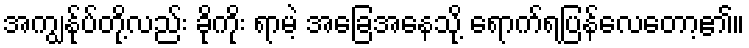
အကျွန်ုပ်တို့လည်း ခိုကိုး ရာမဲ့ အခြေအနေသို့ ရောက်ရပြန်လေတော့၏။